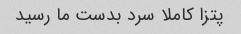
پتزا کاملا سرد بدست ما رسید